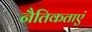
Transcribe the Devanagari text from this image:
नैतिकताएं